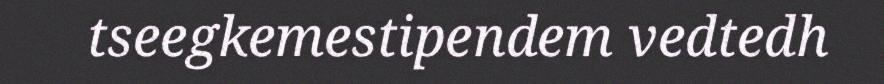
tseegkemestipendem vedtedh